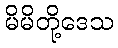
မိမိတို့ဒေသ